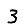
Digit: 3